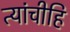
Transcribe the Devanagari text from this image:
त्यांचीहि